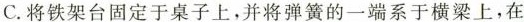
C.将铁架台固定于桌子上，并将弹簧的一端系于横梁上，在